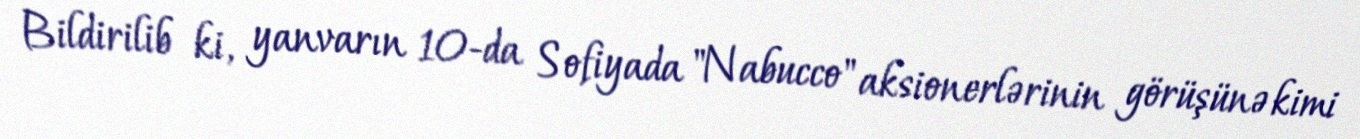
Bildirilib ki, yanvarın 10-da Sofiyada "Nabucco" aksionerlərinin görüşünə kimi